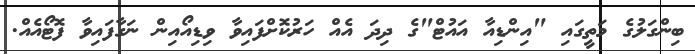
ބިންގަލުގެ މަތީގައި "އިންޑިއާ އައުޓް"ގެ ދިދަ އެއް ހަރުކޮށްފައިވާ ވިޑިއޯއިން ނަގާފައިވާ ފޮޓޯއެއް.